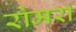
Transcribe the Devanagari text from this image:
रोमर्रा